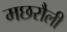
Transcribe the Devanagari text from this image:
मछरौली